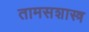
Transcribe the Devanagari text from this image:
तामसशास्त्र